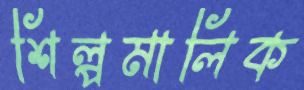
শিল্পমালিক